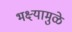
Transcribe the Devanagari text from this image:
भक्ष्यामुळे